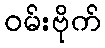
ဝမ်းဗိုက်